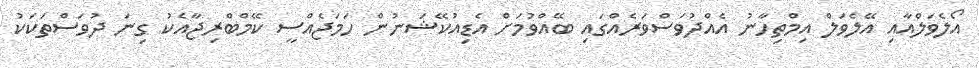
އޯލެވަލްއާއި އޭލެވަލް އިމްތިހާނު އެއްދުވަސްވަރެއްގައި ބޭއްވުމަށް އެޑިއުކޭޝަނުން ހަމަޖެއްސީ ކޭމްބްރިޖާއެކު ގިނަ ދުވަސްތަކަކު